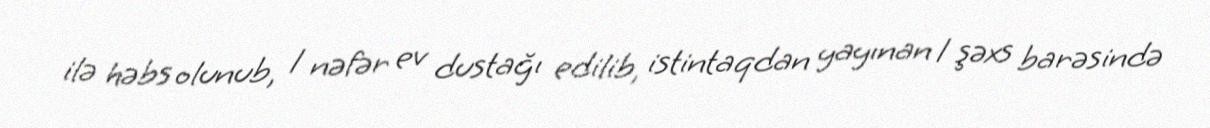
ilə həbs olunub, 1 nəfər ev dustağı edilib, istintaqdan yayınan 1 şəxs barəsində